Indian journal of veterinary science and animal husbandry - Volumes 18-21, 1948-1951
Year: 1948
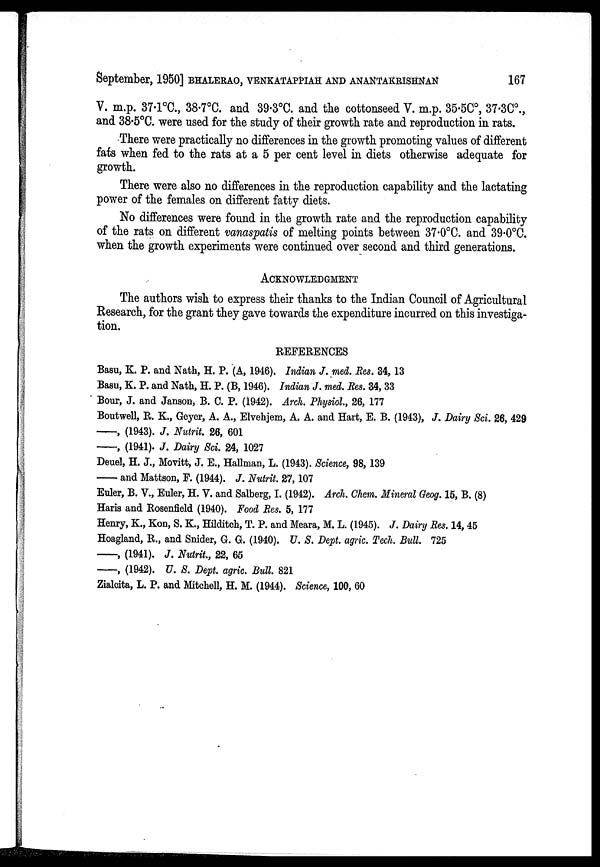
September, 1950] BHALERAO, VENKATAPPIAH AND ANANTAKRISHNAN 167
V. m.p. 37.1°C., 38.7°C. and 39.3°C. and the cottonseed V. m.p. 35.5C°, 37.3C°.,
and 38.5°C. were used for the study of their growth rate and reproduction in rats.
There were practically no differences in the growth promoting values of different
fats when fed to the rats at a 5 per cent level in diets otherwise adequate for
growth.
There were also no differences in the reproduction capability and the lactating
power of the females on different fatty diets.
No differences were found in the growth rate and the reproduction capability
of the rats on different vanaspatis of melting points between 37.0°C. and 39.0°C.
when the growth experiments were continued over second and third generations.
ACKNOWLEDGMENT
The authors wish to express their thanks to the Indian Council of Agricultural
Research, for the grant they gave towards the expenditure incurred on this investiga-
tion.
REFERENCES
Basu, K. P. and Nath, H. P. (A, 1946). Indian J. med. Res. 34, 13
Basu, K. P. and Nath, H. P. (B, 1946). Indian J. med. Res. 34, 33
Bour, J. and Janson, B. C. P. (1942). Arch. Physiol, 26, 177
Boutwell, R. K., Geyer, A. A., Elvehjem, A. A. and Hart, E. B. (1943), J. Dairy Sci. 26, 429
——, (1943). J. Nutrit. 26, 601
——, (1941). J. Dairy Sci. 24, 1027
Deuel, H. J., Movitt, J. E., Hallman, L. (1943). Science, 98, 139
—— and Mattson, E. (1944). J. Nutrit. 27, 107
Euler, B. V., Euler, H. V. and Salberg, I. (1942). Arch. Chem. Mineral Geog. 15, B. (8)
Haris and Rosenfield (1940). Food Res. 5, 177
Henry, K., Kon, S. K., Hilditch, T. P. and Meara, M. L. (1945). J. Dairy Res. 14, 45
Hoagland, R., and Snider, G. G. (1940). U. S. Dept. agric. Tech. Bull. 725
——, (1941). J. Nutrit., 22, 65
——, (1942). U. S. Dept. agric. Bull. 821
Zialcita, L. P. and Mitchell, H. M. (1944). Science, 100, 60